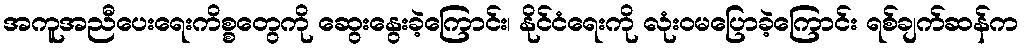
အကူအညီပေးရေးကိစ္စတွေကို ဆွေးနွေးခဲ့ကြောင်း၊ နိုင်ငံရေးကို လုံးဝမပြောခဲ့ကြောင်း ရစ်ချက်ဆန်က